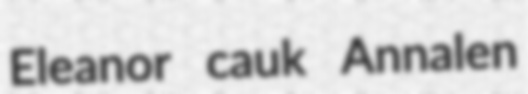
Eleanor cauk Annalen